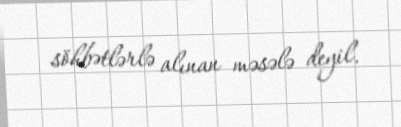
söhbətlərlə alınan məsələ deyil.